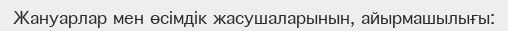
Жануарлар мен өсімдік жасушаларынын, айырмашылығы: